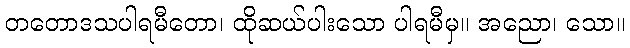
တတောဒသပါရမီတော၊ ထိုဆယ်ပါးသော ပါရမီမှ။ အညော၊ သော။